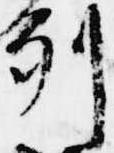
列